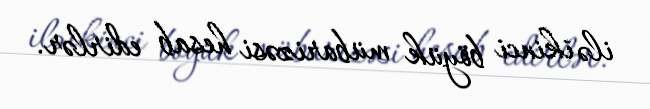
ilə ikinci böyük mübarizəsi hesab edirlər.